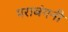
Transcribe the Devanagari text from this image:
पराबंगनी